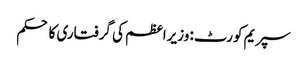
سپریم کورٹ: وزیراعظم کی گرفتاری کا حکم